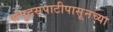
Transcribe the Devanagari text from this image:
समुद्रसपाटीपासूनच्या